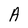
Character: A